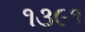
૧૩૯૧